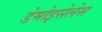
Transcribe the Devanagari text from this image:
डेमोइसेलेस